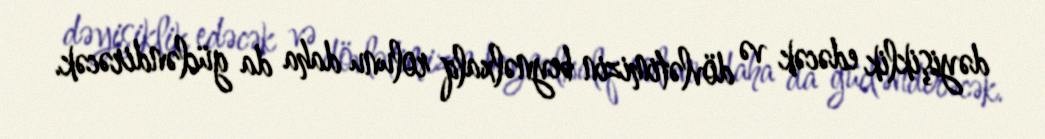
dəyişiklik edəcək və dövlətimizin beynəlxalq rolunu daha da gücləndirəcək.